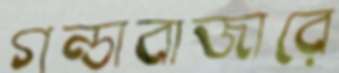
গন্ডাবাজারে